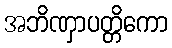
အဘိဏှာပတ္တိကော